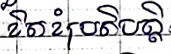
ខិតខំប្រតិបត្តិ